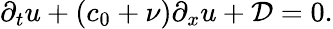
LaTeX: \partial_{t}u+(c_{0}+\nu)\partial_{x}u+\mathcal{D}=0.